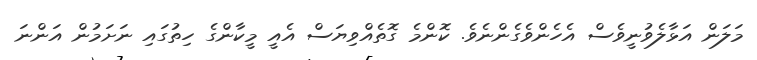
މަލަން އަޅާލެވުނީވެސް އެހެންވެގެންނެވެ. ކޮންމެ ގޮތެއްވިޔަސް އެއީ މީކާންގެ ހިތުގައި ނަށަމުން އަންނަ